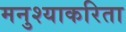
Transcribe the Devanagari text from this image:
मनुश्याकरिता